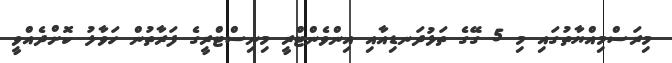
މިރަސްމިއްޔާތުގައި މި 5 ގޭގެ ތަޅުދަނޑިއާއި އިންވެންޓްރީ މިނިސްޓްރީގެ ފަރާތުން ހަވާލު ކޮށްދެއްވީ